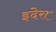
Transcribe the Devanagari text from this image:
इदेरा